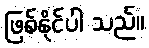
ဖြစ်နိုင်ပါ သည်။